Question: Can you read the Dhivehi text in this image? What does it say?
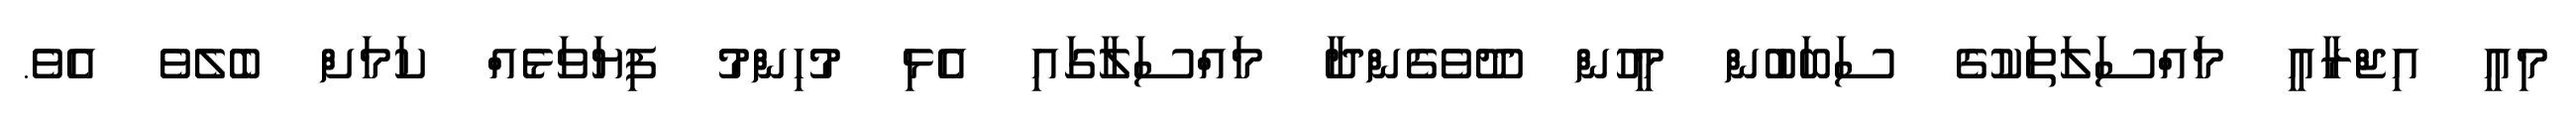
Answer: މިއީ އިޖްރާއީ މައްސަލަތަކުގެ ސަބަބުން މީހުން ދޫވެގެންދާ މައްސަލާގައި އެޅި މުހިންމު ފިޔަވަޅެއް ކަމަށް ބެލެވެ އެވެ.